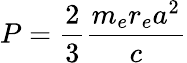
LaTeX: P={\frac{2}{3}}{\frac{m_{e}r_{e}a^{2}}{c}}